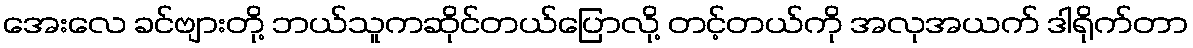
အေးလေ ခင်ဗျားတို့ ဘယ်သူကဆိုင်တယ်ပြောလို့ တင့်တယ်ကို အလုအယက် ဒါရိုက်တာ